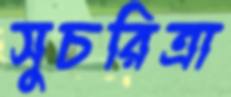
সুচরিত্রা